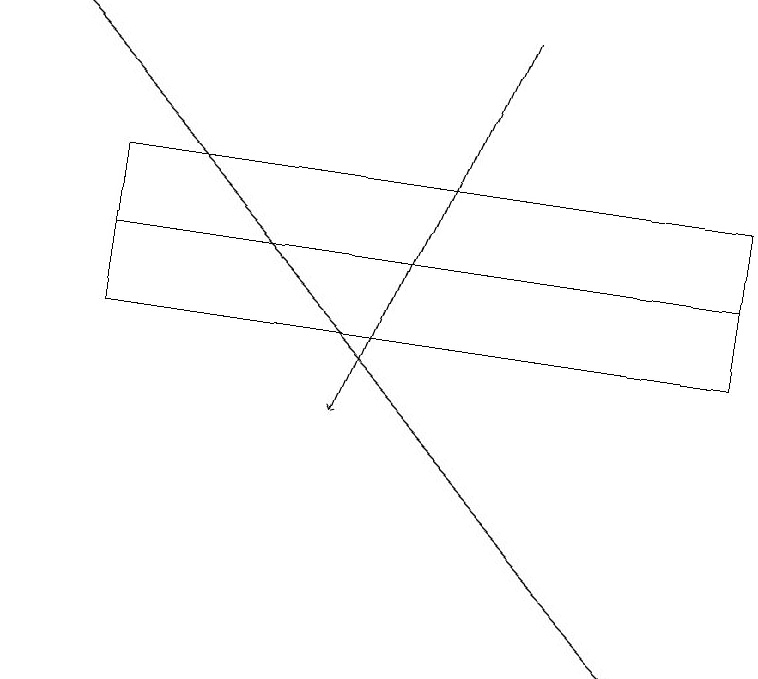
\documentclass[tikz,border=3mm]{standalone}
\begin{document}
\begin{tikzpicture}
\draw[->] (6,18) -- (4,13);
\draw (1,15) rectangle (9,16);
\draw[->] (0,18) -- (8,10);
\draw (1,15) rectangle (9,14);
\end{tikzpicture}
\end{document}